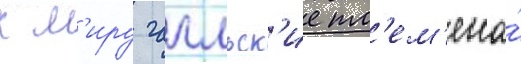
к м'иру галльск'ие пл'ем'ена́